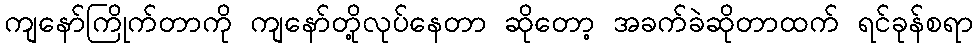
ကျနော်ကြိုက်တာကို ကျနော်တို့လုပ်နေတာ ဆိုတော့ အခက်ခဲဆိုတာထက် ရင်ခုန်စရာ